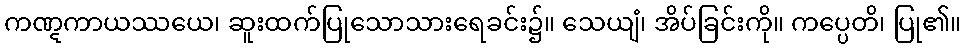
ကဏ္ဋကာယဿယေ၊ ဆူးထက်ပြုသောသားရေခင်း၌။ သေယျံ၊ အိပ်ခြင်းကို။ ကပ္ပေတိ၊ ပြု၏။